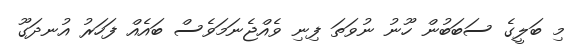
މި ބަލީގެ ސަބަބުން ހޫނު ނުވަތަ ފިނި ވެއްޖެނަމަވެސް ބައެއް ފަހަރު އުނދަގޫ